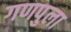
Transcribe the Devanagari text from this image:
गणपुला